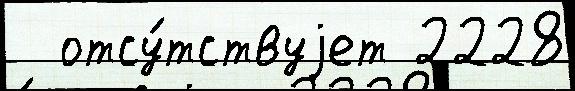
  отсу́тствуjет 2228